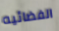
الفضائيه